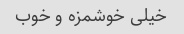
خیلی خوشمزه و خوب